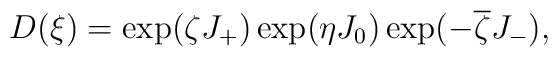
D(\xi) =\exp(\zeta J_+)\exp(\eta J_0)\exp(- \overline\zeta J_-),